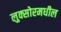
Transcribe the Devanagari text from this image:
लुक्सोरमधील